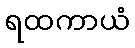
ရထကာယံ